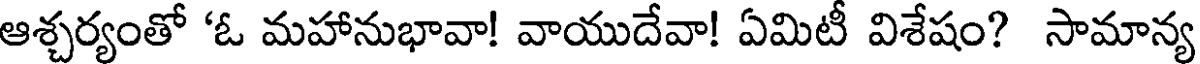
ఆశ్చర్యంతో 'ఓ మహానుభావా! వాయుదేవా! ఏమిటీ విశేషం? సామాన్య